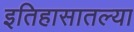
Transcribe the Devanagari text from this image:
इतिहासातल्या